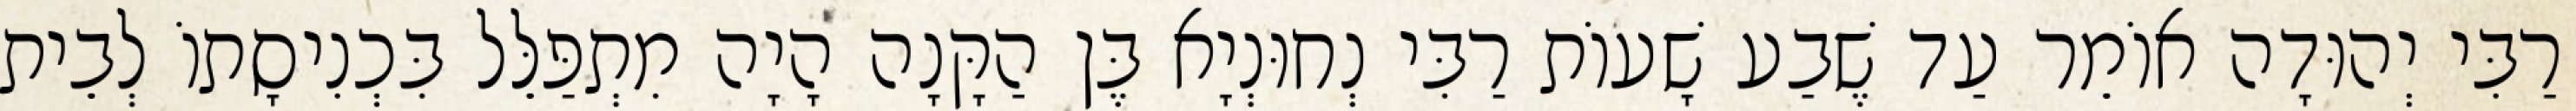
רַבִּי יְהוּדָה אוֹמֵר עַד שֶׁבַע שָׁעוֹת רַבִּי נְחוּנְיָא בֶּן הַקָּנָה הָיָה מִתְפַּלֵּל בִּכְנִיסָתוֹ לְבֵית